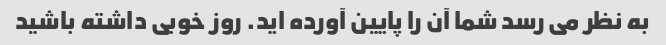
به نظر می رسد شما آن را پایین آورده اید. روز خوبی داشته باشید